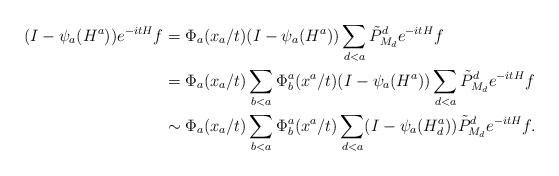
LaTeX: \begin{align*}\begin{aligned}(I-\psi_a(H^a))e^{-itH}f& =\Phi_a(x_a/t)(I-\psi_a(H^a))\sum_{d<a}\tilde P^d_{M_d}e^{-itH}f\\&=\Phi_a(x_a/t)\sum_{b<a}\Phi_b^a(x^a/t)(I-\psi_a(H^a))\sum_{d< a}\tilde P^d_{M_d}e^{-itH}f\\&\sim\Phi_a(x_a/t)\sum_{b<a}\Phi_b^a(x^a/t)\sum_{d< a}(I-\psi_a(H^a_d))\tilde P^d_{M_d}e^{-itH}f.\end{aligned}\end{align*}